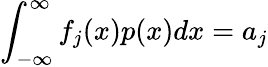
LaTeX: \int_{-\infty}^{\infty}f_{j}(x)p(x)dx=a_{j}